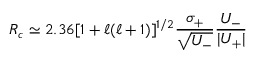
R _ { c } \simeq 2 . 3 6 [ 1 + \ell ( \ell + 1 ) ] ^ { 1 / 2 } \frac { \sigma _ { + } } { { \sqrt { U _ { - } } } } \frac { U _ { - } } { | U _ { + } | }